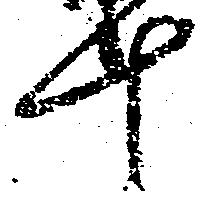
十